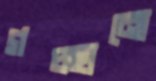
গচ্ছানো